Indian journal of veterinary science and animal husbandry - Volume 12,
Year: 1942
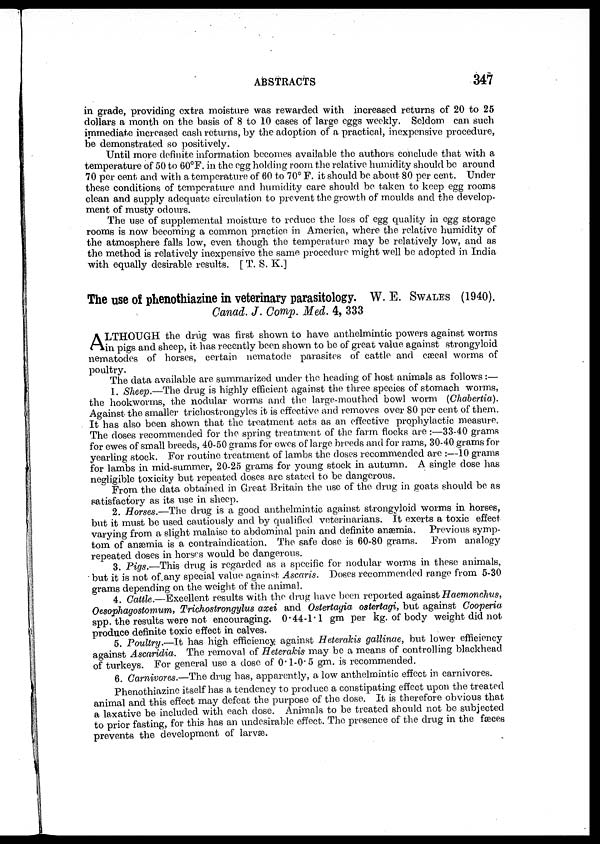
ABSTRACTS
347
in grade, providing extra moisture was rewarded with increased returns of 20 to 25
dollars a month on the basis of 8 to 10 cases of large eggs weekly. Seldom can such
immediate increased cash returns, by the adoption of a practical, inexpensive procedure,
be demonstrated so positively.
Until more definite information becomes available the authors conclude that with a
temperature of 50 to 60°F. in the egg holding room the relative humidity should be around
70 per cent and with a temperature of 60 to 70° F. it should be about 80 per cent. Under
these conditions of temperature and humidity care should be taken to keep egg rooms
clean and supply adequate circulation to prevent the growth of moulds and the develop-
ment of musty odours.
The use of supplemental moisture to reduce the loss of egg quality in egg storage
rooms is now becoming a common practice in America, where the relative humidity of
the atmosphere falls low, even though the temperature may be relatively low, and as
the method is relatively inexpensive the same procedure might well be adopted in India
with equally desirable results. [ T. S. K.]
The use of phenothiazine in veterinary parasitology. W. E. SWALES (1940).
Canad. J. Comp. Med. 4, 333
A LTHOUGH the drug was first shown to have anthelmintic powers against worms
in pigs and sheep, it has recently been shown to be of great value against strongyloid
nematodes of horses, certain nematode parasites of cattle and cæcal worms of
poultry.
The data available are summarized under the heading of host animals as follows :—
1. Sheep.—The drug is highly efficient against the three species of stomach worms,
the hookworms, the nodular worms and the large-mouthed bowl worm (Chabertia).
Against the smaller trichostrongyles it is effective and removes over 80 per cent of them.
It has also been shown that the treatment acts as an effective prophylactic measure.
The doses recommended for the spring treatment of the farm flocks are :—33-40 grams
for ewes of small breeds, 40-50 grams for ewes of large breeds and for rams, 30-40 grams for
yearling stock. For routine treatment of lambs the doses recommended are :—10 grams
for lambs in mid-summer, 20-25 grams for young stock in autumn. A single dose has
negligible toxicity but repeated doses are stated to be dangerous.
From the data obtained in Great Britain the use of the drug in goats should be as
satisfactory as its use in sheep.
2. Horses.—The drug is a good anthelmintic against strongyloid worms in horses,
but it must be used cautiously and by qualified veterinarians. It exerts a toxic effect
varying from a slight malaise to abdominal pain and definite anæmia. Previous symp-
tom of anæmia is a contraindication. The safe dose is 60-80 grams. From analogy
repeated doses in horses would be dangerous.
3. Pigs.—This drug is regarded as a specific for nodular worms in these animals,
but it is not of any special value against Ascaris. Doses recommended range from 5-30
grams depending on the weight of the animal.
4. Cattle.—Excellent results with the drug have been reported against Haemonchus,
Oesophagostomum, Trichostrongylus axei and Ostertayia ostertagi, but against Cooperia
spp. the results were not encouraging. 0.44-1.1 gm per kg. of body weight did not
produce definite toxic effect in calves.
5. Poultry.—It has high efficiency against Heterakis gallinae, but lower efficiency
against Ascaridia. The removal of Heterakis may be a means of controlling blackhead
of turkeys. For general use a dose of 0.1-0.5 gm. is recommended.
6. Carnivores.—The drug has, apparently, a low anthelmintic effect in carnivores.
Phenothiazine itself has a tendency to produce a constipating effect upon the treated
animal and this effect may defeat the purpose of the dose. It is therefore obvious that
a laxative be included, with each dose. Animals to be treated should not be subjected
to prior fasting, for this has an undesirable effect. The presence of the drug in the fæces
prevents the development of larvæ.